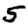
Digit: 5